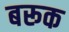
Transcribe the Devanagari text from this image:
बरूक